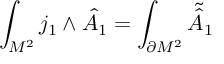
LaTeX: \int _ { { \cal M } ^ { 2 } } j _ { 1 } \wedge { \hat { \cal A } } _ { 1 } = \int _ { \partial { \cal M } ^ { 2 } } { \tilde { \hat { \cal A } } } _ { 1 }